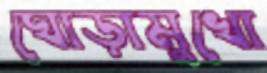
ঘোড়ামুখো